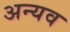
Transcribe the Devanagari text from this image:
अन्यव